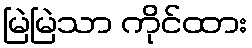
မြဲမြဲသာ ကိုင်ထား